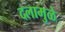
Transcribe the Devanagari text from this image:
दलामुळे